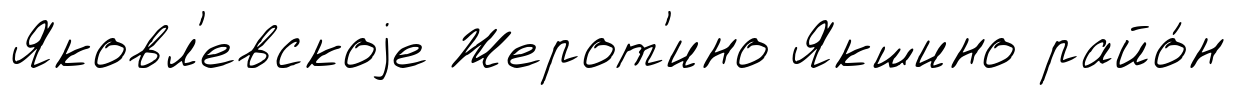
Яковл'евскоjе Жерот'ино Якшино райо́н